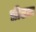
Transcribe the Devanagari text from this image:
प्रीटल